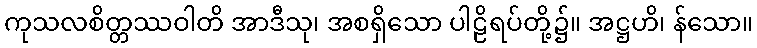
ကုသလစိတ္တဿဝါတိ အာဒီသု၊ အစရှိသော ပါဠိရပ်တို့၌။ အဋ္ဌဟိ၊ န်သော။